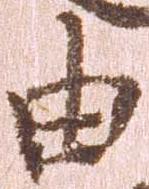
由